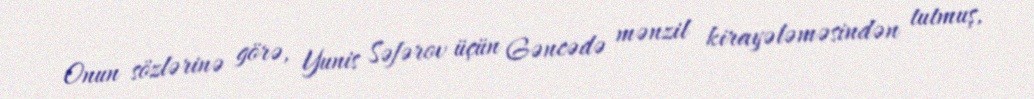
Onun sözlərinə görə, Yunis Səfərov üçün Gəncədə mənzil kirayələməsindən tutmuş,